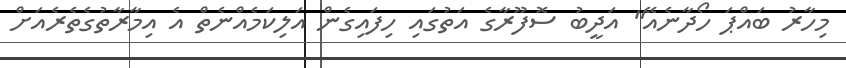
މިހާރު ބައްޕަ ހޯދާނެއޭ" އަދީބު ސޮފޫރާގެ އަތުގައި ހިފައިގެން އަލިކަމެއްނެތް އެ އިމާރާތުގެތެރެއަށް